画像に写った文字を読んでください
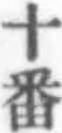
「十番」と書いてあります